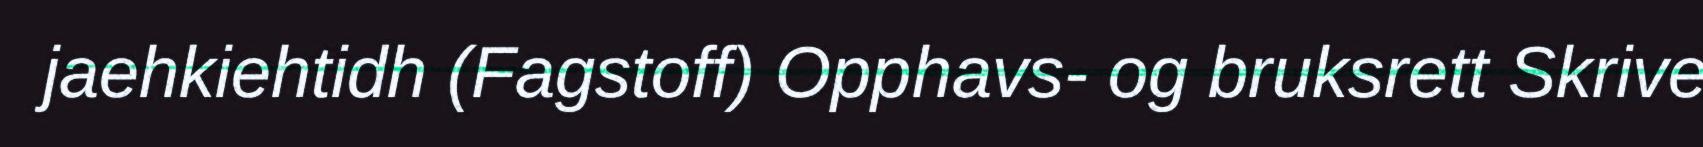
jaehkiehtidh (Fagstoff) Opphavs- og bruksrett Skrive